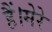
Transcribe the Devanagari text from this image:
हैं।मेरे